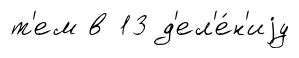
т'ем в 13 д'ел'е́н'иjу